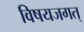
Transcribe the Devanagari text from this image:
विषयजगत्